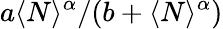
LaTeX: a\langle N\rangle^{\alpha}/(b+\langle N\rangle^{\alpha})